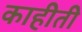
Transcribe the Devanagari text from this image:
काहीती